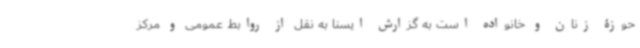
حوزۀ زنان و خانواده است به گزارش ایسنا به نقل از روابط عمومی و مرکز